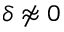
\delta \not \approx 0